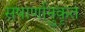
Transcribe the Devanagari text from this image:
सषार्णानुकृत